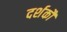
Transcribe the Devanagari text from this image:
दर्शकौं